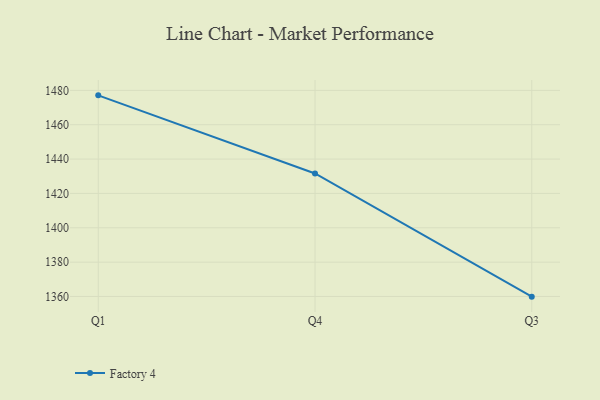
{"axis": {"x": "Quarter", "y": "Waste Production (Tons)"}, "legend": ["Factory 4"], "data": [{"x": "Q1", "y": 1477.1, "type": "Factory 4"}, {"x": "Q4", "y": 1431.6, "type": "Factory 4"}, {"x": "Q3", "y": 1359.9, "type": "Factory 4"}]}